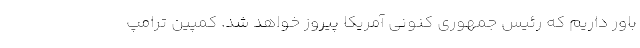
باور داریم که رئیس جمهوری کنونی آمریکا پیروز خواهد شد. کمپین ترامپ